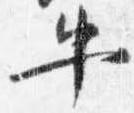
牛